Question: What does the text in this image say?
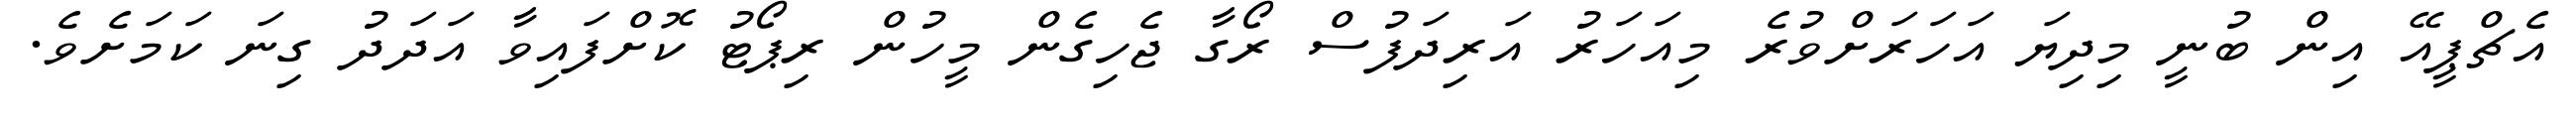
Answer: އެޗްޕީއޭ އިން ބުނީ މިދިޔަ އަހަރަށްވުރެ މިއަހަރު އަރިދަފުސް ރޯގާ ޖެހިގެން މީހުން ރިޕޯޓު ކޮށްފައިވާ އަދަދު ގިނަ ކަމަށެވެ.